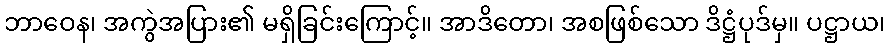
ဘာဝေန၊ အကွဲအပြား၏ မရှိခြင်းကြောင့်။ အာဒိတော၊ အစဖြစ်သော ဒိဋ္ဌံပုဒ်မှ။ ပဋ္ဌာယ၊